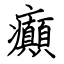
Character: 癲